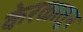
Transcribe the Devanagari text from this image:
केरळातून